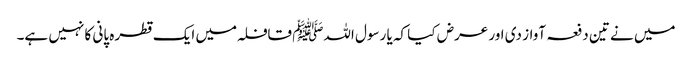
میں نے تین دفعہ آواز دی اور عرض کیا کہ یا رسول اللہﷺ قافلہ میں ایک قطرہ پانی کا نہیں ہے۔